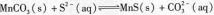
MnCO_{3}（s）+S^{2-}(aq) \rightleftharpoons MnS(s)+CO_{3}^{2-}(aq)